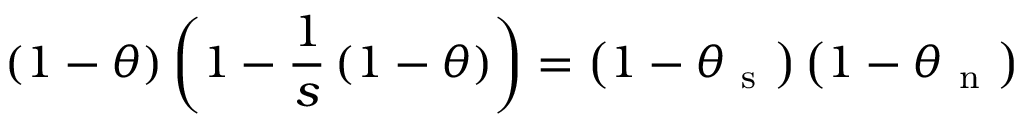
\left( 1 - \theta \right) \left( 1 - \frac { 1 } { s } \left( 1 - \theta \right) \right) = \left( 1 - \theta _ { \mathrm { ~ s ~ } } \right) \left( 1 - \theta _ { \mathrm { ~ n ~ } } \right)